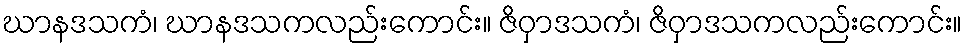
ဃာနဒသကံ၊ ဃာနဒသကလည်းကောင်း။ ဇိဝှာဒသကံ၊ ဇိဝှာဒသကလည်းကောင်း။